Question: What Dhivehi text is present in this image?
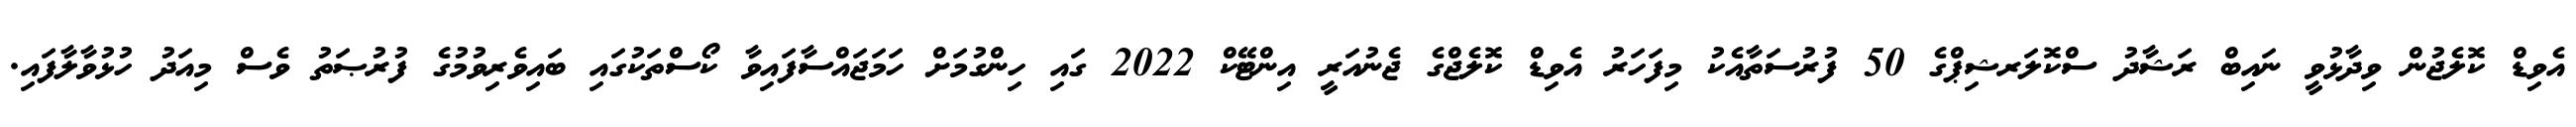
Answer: އެވިޑް ކޮލެޖުން ވިދާޅުވީ ނައިބް ރަޝާދު ސްކޮލަރޝިޕްގެ 50 ފުރުސަތާއެކު މިފަހަރު އެވިޑް ކޮލެޖްގެ ޖެނުއަރީ އިންޓޭކް 2022 ގައި ހިންގުމަށް ހަމަޖައްސާފައިވާ ކޯސްތަކުގައި ބައިވެރިވުމުގެ ފުރުޞަތު ވެސް މިއަދު ހުޅުވާލާފައި.